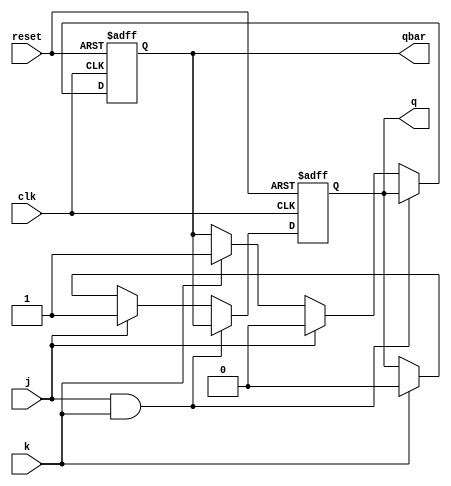
module jk_ff_behavioral(
    input j,k, clk, reset,
    output reg q,
    output reg qbar 
    //  declares a Verilog module with four input ports: j, k, clk, and reset. It also has two output ports: q for the output signal and qbar for the complemented output signal. 
); 
// This line starts an always block that is sensitive to the rising edge of the clk signal or the rising edge of the reset signal.
    always @(posedge clk or posedge reset) begin
    // This block contains the logic for the JK flip-flop. 
        if (reset) begin
            q <= 0;
            qbar <= 0;
        end else begin
            if (j && k) begin
                q <= qbar;
                qbar <= q;
            end else if (j) begin
                q <= 1;
                qbar <= 0;
            end else if (k) begin
                q <= 0;
                qbar <= 1;
            end
        end
    end

endmodule